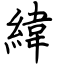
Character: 緯